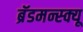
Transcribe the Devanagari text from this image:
ब्रॅडमन्स्क्यू